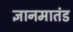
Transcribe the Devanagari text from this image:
ज्ञानमातंड